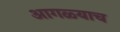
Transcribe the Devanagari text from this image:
आगळ्याच